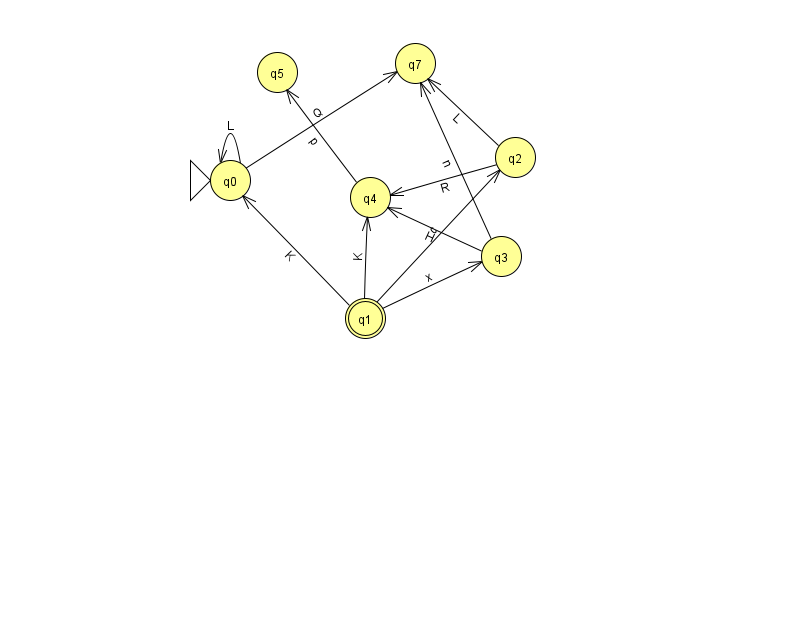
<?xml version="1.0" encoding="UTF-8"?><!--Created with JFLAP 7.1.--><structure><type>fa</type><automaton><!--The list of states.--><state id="0" name="q0"><x>230.0</x><y>167.0</y><initial/></state><state id="1" name="q1"><x>365.0</x><y>305.0</y><final/></state><state id="2" name="q2"><x>515.0</x><y>144.0</y></state><state id="3" name="q3"><x>501.0</x><y>243.0</y></state><state id="4" name="q4"><x>370.0</x><y>184.0</y></state><state id="5" name="q5"><x>277.0</x><y>59.0</y></state><state id="7" name="q7"><x>415.0</x><y>50.0</y></state><!--The list of transitions.--><transition><from>3</from><to>4</to><read>H</read></transition><transition><from>3</from><to>7</to><read>n</read></transition><transition><from>2</from><to>7</to><read>L</read></transition><transition><from>0</from><to>7</to><read>Q</read></transition><transition><from>1</from><to>3</to><read>x</read></transition><transition><from>1</from><to>0</to><read>K</read></transition><transition><from>1</from><to>4</to><read>K</read></transition><transition><from>0</from><to>0</to><read>L</read></transition><transition><from>1</from><to>2</to><read>c</read></transition><transition><from>4</from><to>5</to><read>p</read></transition><transition><from>2</from><to>4</to><read>R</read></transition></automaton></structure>